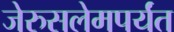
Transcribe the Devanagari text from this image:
जेरुसलेमपर्यंत